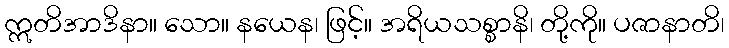
ဣတိအာဒိနာ။ သော။ နယေန၊ ဖြင့်။ အရိယသစ္စာနိ၊ တို့ကို။ ပဇာနာတိ၊